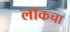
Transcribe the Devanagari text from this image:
लॉकचा